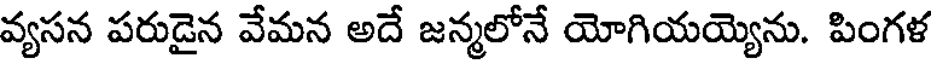
వ్యసన పరుడైన వేమన అదే జన్మలోనే యోగియయ్యెను. పింగళ